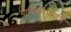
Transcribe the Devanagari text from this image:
यामिकीप्रमाणे